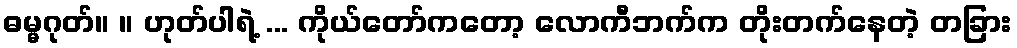
ဓမ္မဂုတ်။ ။ ဟုတ်ပါရဲ့ ... ကိုယ်တော်ကတော့ လောကီဘက်က တိုးတက်နေတဲ့ တခြား